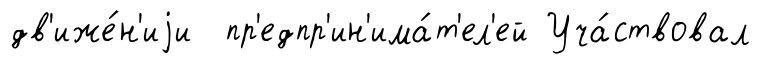
дв'иже́н'иjи пр'едпр'ин'има́т'ел'ей Уча́ствовал